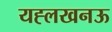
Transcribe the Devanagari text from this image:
यह्लखनऊ